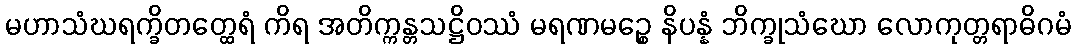
မဟာသံဃရက္ခိတတ္ထေရံ ကိရ အတိက္ကန္တသဋ္ဌိဝဿံ မရဏမဉ္စေ နိပန္နံ ဘိက္ခုသံဃော လောကုတ္တရာဓိဂမံ